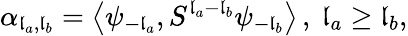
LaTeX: \alpha_{\mathfrak{l}_{a},\mathfrak{l}_{b}}=\left\langle{\psi_{-\mathfrak{l}_{a}},S^{\mathfrak{l}_{a}-\mathfrak{l}_{b}}\psi_{-\mathfrak{l}_{b}}}\right\rangle\, ,\ \mathfrak{l}_{a}\geq\mathfrak{l}_{b},